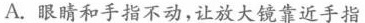
A.眼睛和手指不动，让放大镜靠近手指